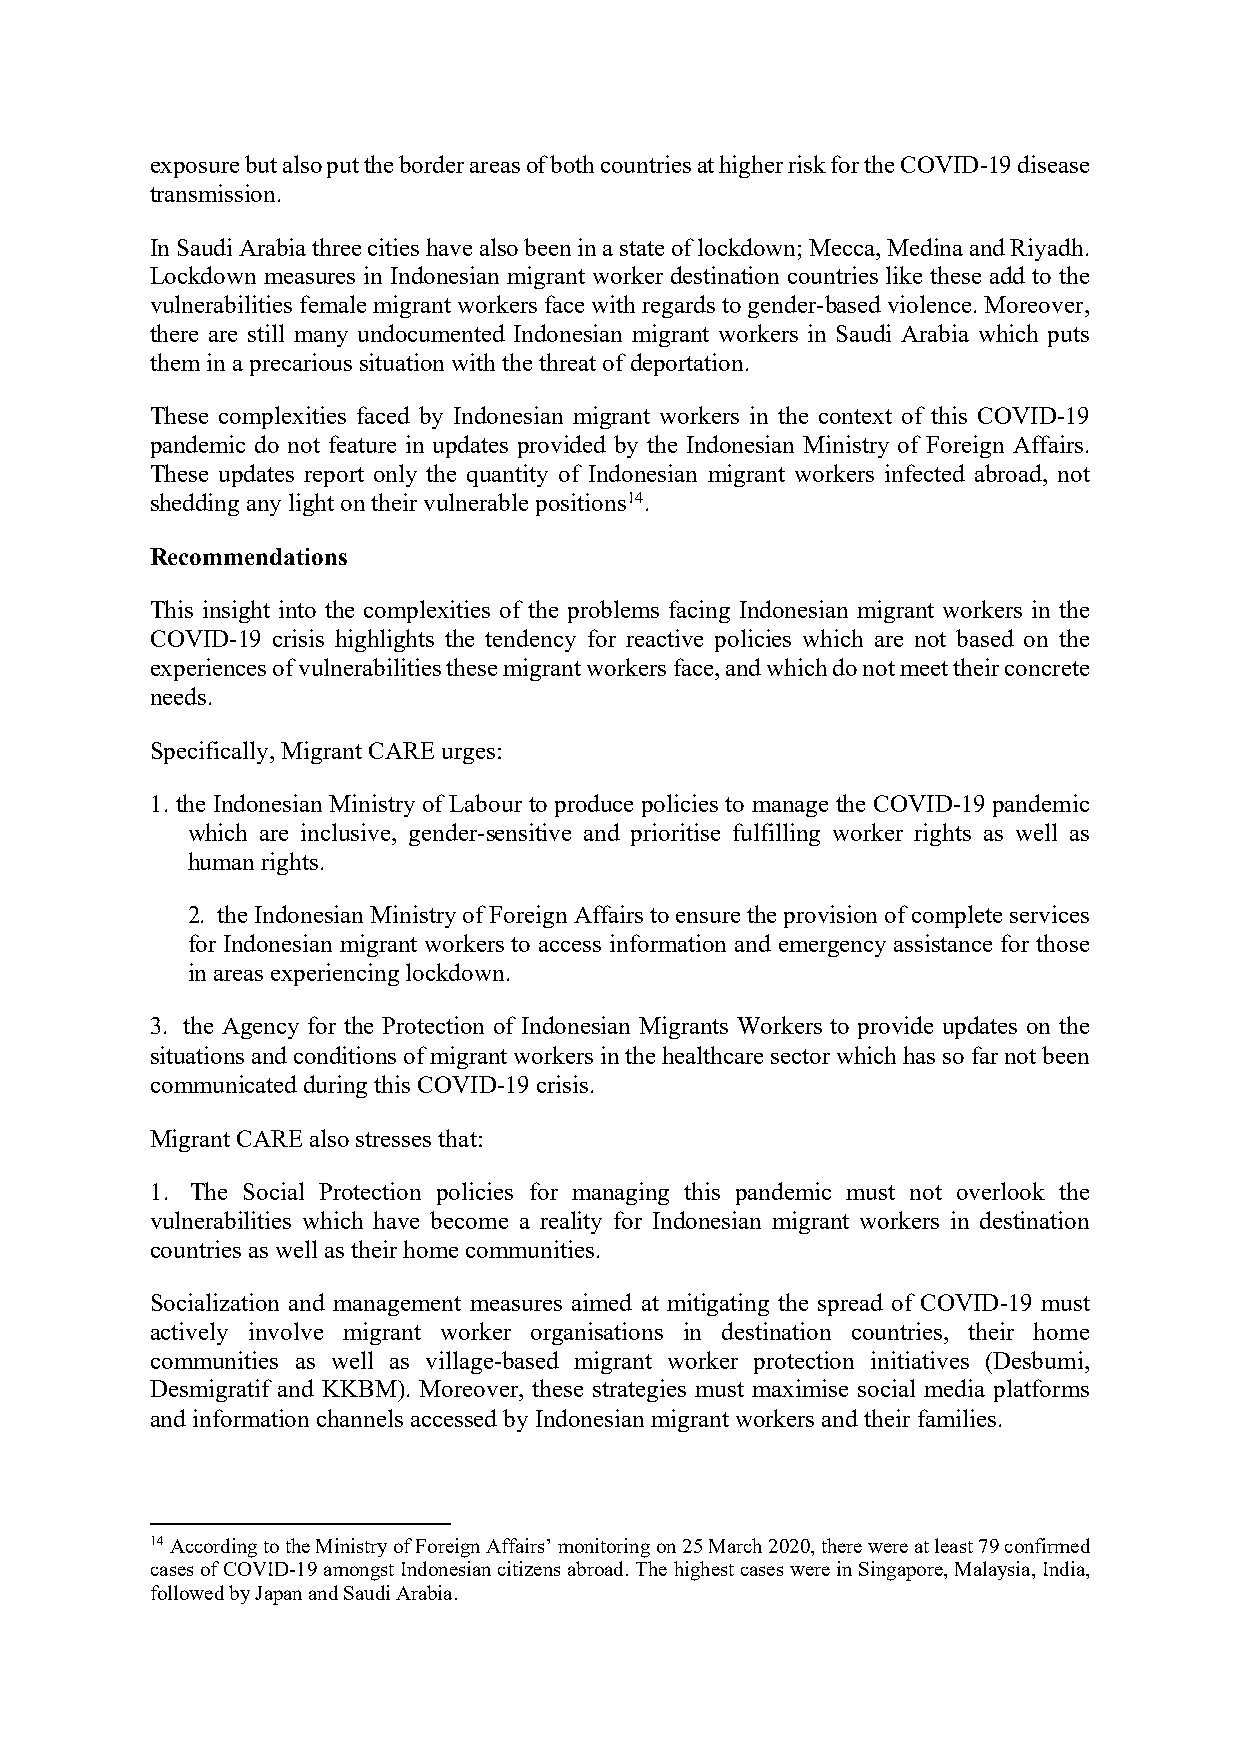
exposure but also put the border areas of both countries at higher risk for the COVID-19 disease
 transmission.
 In Saudi Arabia three cities have also been in a state of lockdown; Mecca, Medina and Riyadh.
 Lockdown measures in Indonesian migrant worker destination countries like these add to the
 vulnerabilities female migrant workers face with regards to gender-based violence. Moreover,
 there are still many undocumented Indonesian migrant workers in Saudi Arabia which puts
 them in a precarious situation with the threat of deportation.
 These complexities faced by Indonesian migrant workers in the context of this COVID-19
 pandemic do not feature in updates provided by the Indonesian Ministry of Foreign Affairs.
 These updates report only the quantity of Indonesian migrant workers infected abroad, not
 shedding any light on their vulnerable positions14.
 Recommendations
 This insight into the complexities of the problems facing Indonesian migrant workers in the
 COVID-19 crisis highlights the tendency for reactive policies which are not based on the
 experiences of vulnerabilities these migrant workers face, and which do not meet their concrete
 needs.
 Specifically, Migrant CARE urges:
 1. the Indonesian Ministry of Labour to produce policies to manage the COVID-19 pandemic
 which are inclusive, gender-sensitive and prioritise fulfilling worker rights as well as
 human rights.
 2. the Indonesian Ministry of Foreign Affairs to ensure the provision of complete services
 for Indonesian migrant workers to access information and emergency assistance for those
 in areas experiencing lockdown.
 3. the Agency for the Protection of Indonesian Migrants Workers to provide updates on the
 situations and conditions of migrant workers in the healthcare sector which has so far not been
 communicated during this COVID-19 crisis.
 Migrant CARE also stresses that:
 1. The Social Protection policies for managing this pandemic must not overlook the
 vulnerabilities which have become a reality for Indonesian migrant workers in destination
 countries as well as their home communities.
 Socialization and management measures aimed at mitigating the spread of COVID-19 must
 actively involve migrant worker organisations in destination countries, their home
 communities as well as village-based migrant worker protection initiatives (Desbumi,
 Desmigratif and KKBM). Moreover, these strategies must maximise social media platforms
 and information channels accessed by Indonesian migrant workers and their families.
 14 According to the Ministry of Foreign Affairs’ monitoring on 25 March 2020, there were at least 79 confirmed
 cases of COVID-19 amongst Indonesian citizens abroad. The highest cases were in Singapore, Malaysia, India,
 followed by Japan and Saudi Arabia.